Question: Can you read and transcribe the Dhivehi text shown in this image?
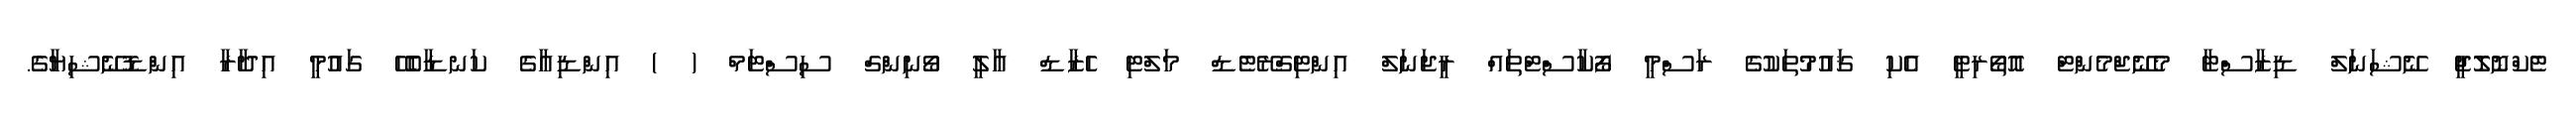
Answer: ޓެކްނޮލޮޖީ ނޭޝަނަލް ޑިޒާސްޓާ މެނޭޖްމެންޓް އޮތޯރިޓީ އެކި ޤައުމުތަކުގެ ރަސްމީ ފޯކާސްޓްތައް ރީޖަނަލް އިންޓިގްރޭޓެޑް މަލްޓި ހެޒާޑް އާލީ ވޯނިންގް ސިސްޓަމް ( ) އިންޑިއާގެ ކަނޑާބެހޭ ގައުމީ އިދާރާ އިންޑޮނޭޝިޔާގެ.